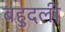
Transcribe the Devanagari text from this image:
बहुदली